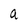
Character: a